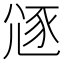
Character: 䝇